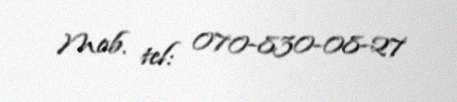
Mob. tel: 070-830-08-27